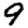
Digit: 9